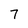
Character: 7